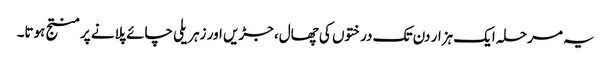
یہ مرحلہ ایک ہزار دن تک درختوں کی چھال، جڑیں اور زہریلی چائے پلانے پر منتج ہوتا۔